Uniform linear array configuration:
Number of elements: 24
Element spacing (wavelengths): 0.5
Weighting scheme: uniform
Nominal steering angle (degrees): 45
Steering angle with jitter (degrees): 45.923
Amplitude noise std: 0.05
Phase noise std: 0.05

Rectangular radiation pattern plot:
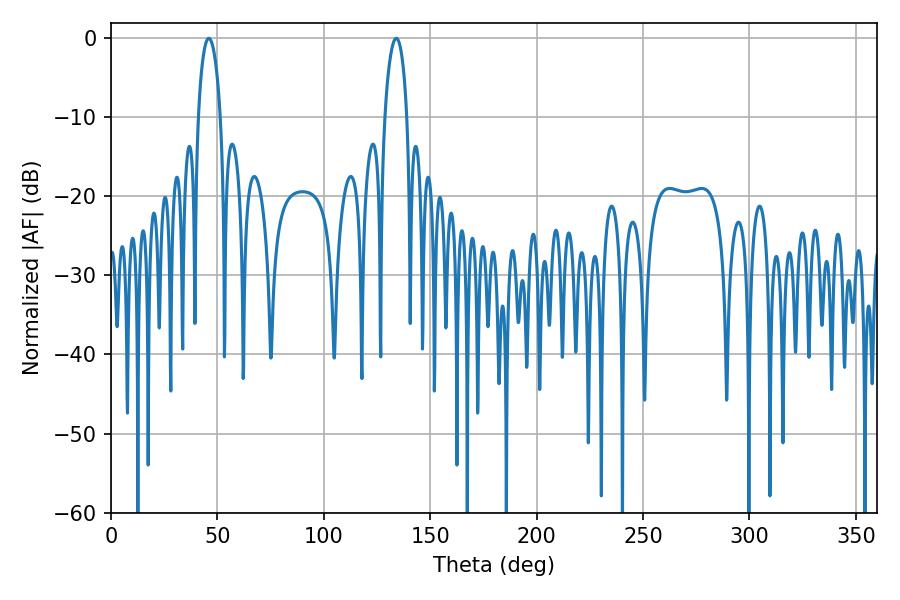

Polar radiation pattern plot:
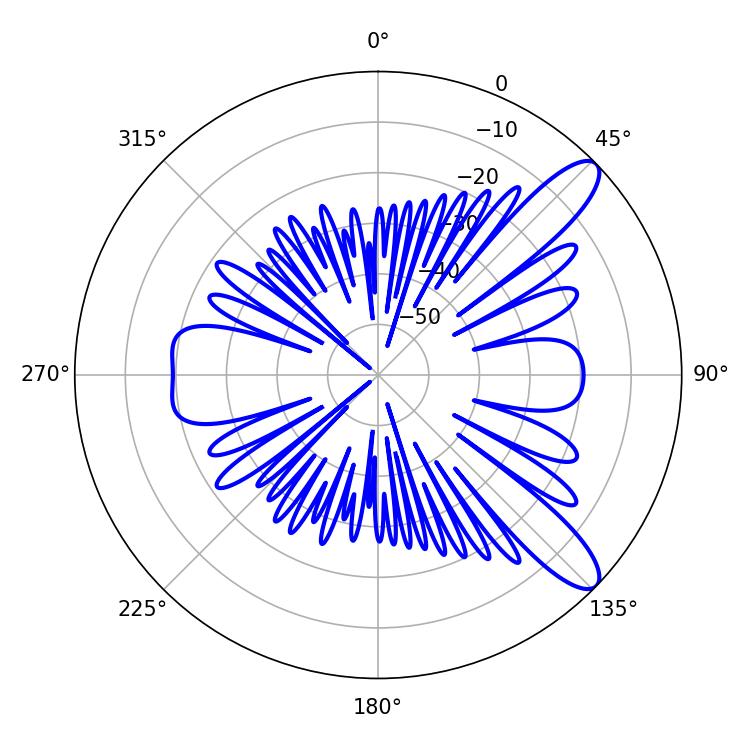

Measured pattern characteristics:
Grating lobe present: FALSE
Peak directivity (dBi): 10.82
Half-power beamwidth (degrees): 5.94
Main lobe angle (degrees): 45.9